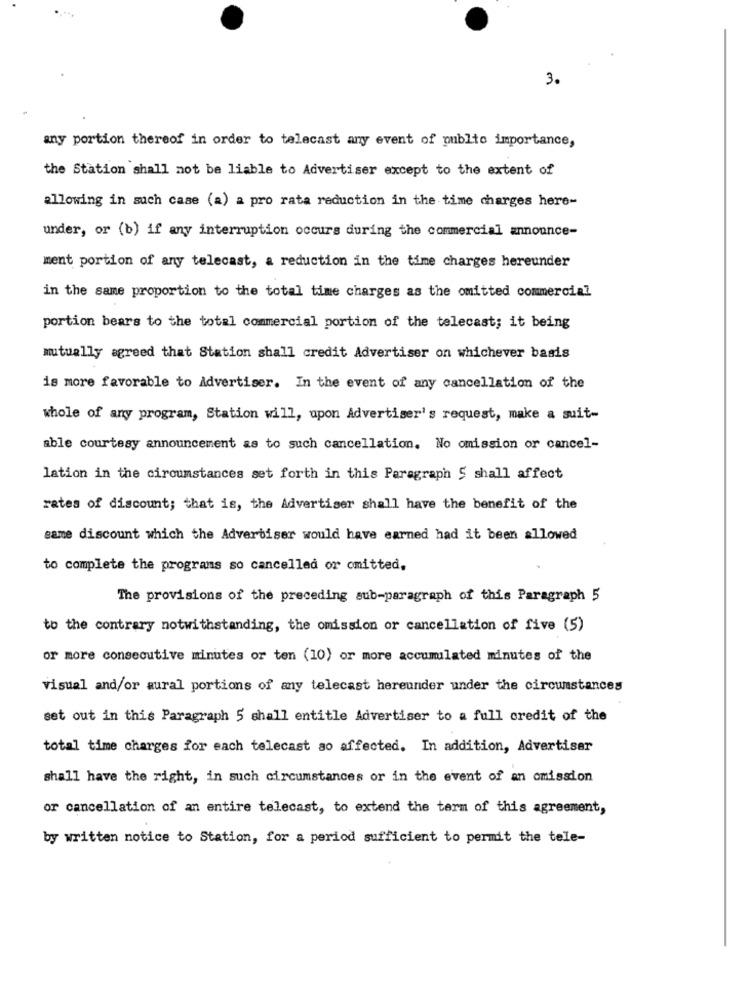
3.
any portion thereof in order to telecast any event of public importance,
the Station shall not be liable to Advertiser except to the extent of
allowing in such case (a) a pro rata reduction in the time charges here-
under, or (b) if any interruption occurs during the commercial announce-
ment portion of any telecast, a reduction in the time charges hereunder
in the same proportion to the total time charges as the omitted commercial
portion bears to the total commercial portion of the telecast; it being
mutually agreed that Station shall credit Advertiser on whichever basis
is more favorable to Advertiser. In the event of any cancellation of the
whole of any program, Station will, upon Advertiser's request, make a suit-
able courtesy announcement as to such cancellation. No omission or cancel-
lation in the circumstances set forth in this Paragraph 5 shall affect
rates of discount; that is, the Advertiser shall have the benefit of the
same discount which the Advertiser would have earned had it been allowed
to complete the programs so cancelled or omitted.
The provisions of the preceding sub-paragraph of this Paragraph 5
to the contrary notwithstanding, the omission or cancellation of five (5)
or more consecutive minutes or ten (10) or more accumulated minutes of the
visual and/or aural portions of any telecast hereunder under the circumstances
set out in this Paragraph 5 shall entitle Advertiser to a full credit of the
total time charges for each telecast ao affected. In addition, Advertiser
shall have the right, in such circumstances or in the event of an omission
or cancellation of an entire telecast, to extend the term of this agreement,
by written notice to Station, for a period sufficient to permit the tele-